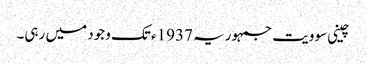
چینی سوویت جمہوریہ 1937ء تک وجود میں رہی۔